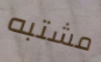
مشتبه